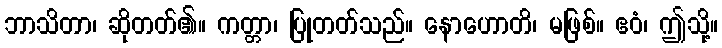
ဘာသိတာ၊ ဆိုတတ်၏။ ကတ္တာ၊ ပြုတတ်သည်။ နောဟောတိ၊ မဖြစ်။ ဧဝံ၊ ဤသို့။